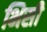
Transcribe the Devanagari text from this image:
भिसी